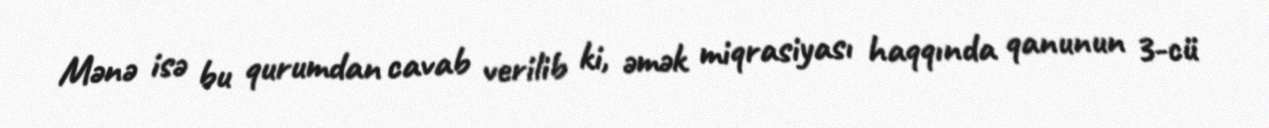
Mənə isə bu qurumdan cavab verilib ki, əmək miqrasiyası haqqında qanunun 3-cü